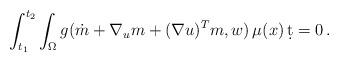
LaTeX: \begin{align*} \int_{t_1}^{t_2} \int_\Omega g(\dot m+\nabla_u m + (\nabla u)^T m,w) \, \mu(x) \, \d t =0 \,.\end{align*}